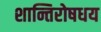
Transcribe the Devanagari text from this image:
शान्तिरोषधय